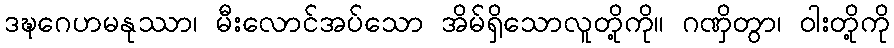
ဒဍ္ဎဂေဟမနုဿာ၊ မီးလောင်အပ်သော အိမ်ရှိသောလူတို့ကို။ ဂဏှိတွာ၊ ဝါးတို့ကို